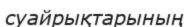
суайрықтарының